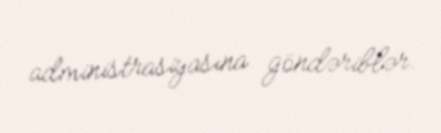
administrasiyasına göndəriblər.